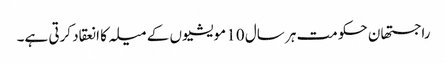
راجستھان حکومت ہر سال 10 مویشیوں کے میلہ کا انعقاد کرتی ہے۔